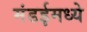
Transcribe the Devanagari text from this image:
मंडईमध्ये